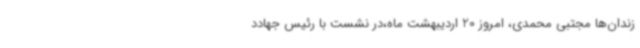
زندان‌ها مجتبی محمدی، امروز 20 اردیبهشت ماه،در نشست با رئیس جهادد